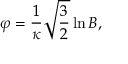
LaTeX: \varphi = \frac 1 \kappa \sqrt { \frac 3 2 } \ln B ,